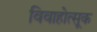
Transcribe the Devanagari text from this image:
विवाहोत्सूक